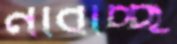
নাবাচ্ছ